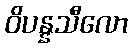
ဝိပန္နသီလော